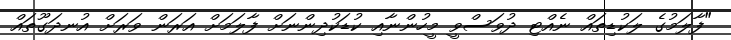
"ފާލަމުގެ ލަކުޑިތައް ނެއްޓި ދުވަސްވީ މީހުންނާއި ކުޑަކުދިންނަށް ފާލަމަށް އަރަން ވަރަށް އުނދަގޫތައް